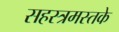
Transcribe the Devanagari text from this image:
सहस्त्रमस्तके